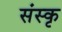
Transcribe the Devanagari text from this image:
संस्कृ